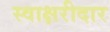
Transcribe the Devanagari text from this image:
स्वाक्षरीदार